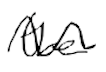
Text: the
Cross-out: wave
Writing tool: digital_black